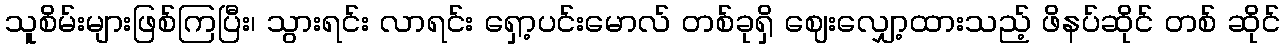
သူစိမ်းများဖြစ်ကြပြီး၊ သွားရင်း လာရင်း ရှော့ပင်းမောလ် တစ်ခုရှိ ဈေးလျှော့ထားသည့် ဖိနပ်ဆိုင် တစ် ဆိုင်